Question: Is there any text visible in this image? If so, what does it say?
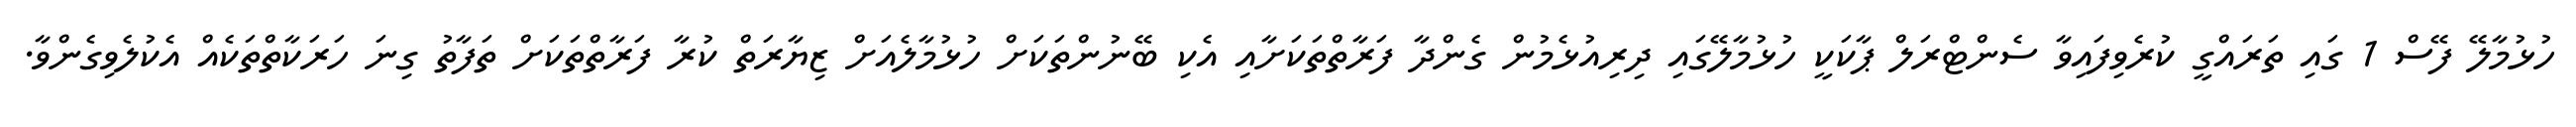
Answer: ހުޅުމާލޭ ފޭސް 1 ގައި ތަރައްގީ ކުރެވިފައިވާ ސެންޓްރަލް ޕާކަކީ ހުޅުމާލޭގައި ދިރިއުޅެމުން ގެންދާ ފަރާތްތަކަށާއި އެކި ބޭނުންތަކަށް ހުޅުމާލެއަށް ޒިޔާރަތް ކުރާ ފަރާތްތަކަށް ތަފާތު ގިނަ ހަރަކާތްތަކެއް އެކުލެވިގެންވާ.